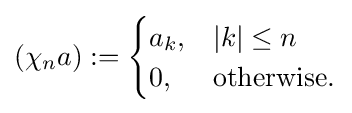
(\chi _{n}a):={\begin{cases}a_{k},&|k|\leq n\\0,&{\text{otherwise}}.\end{cases}}